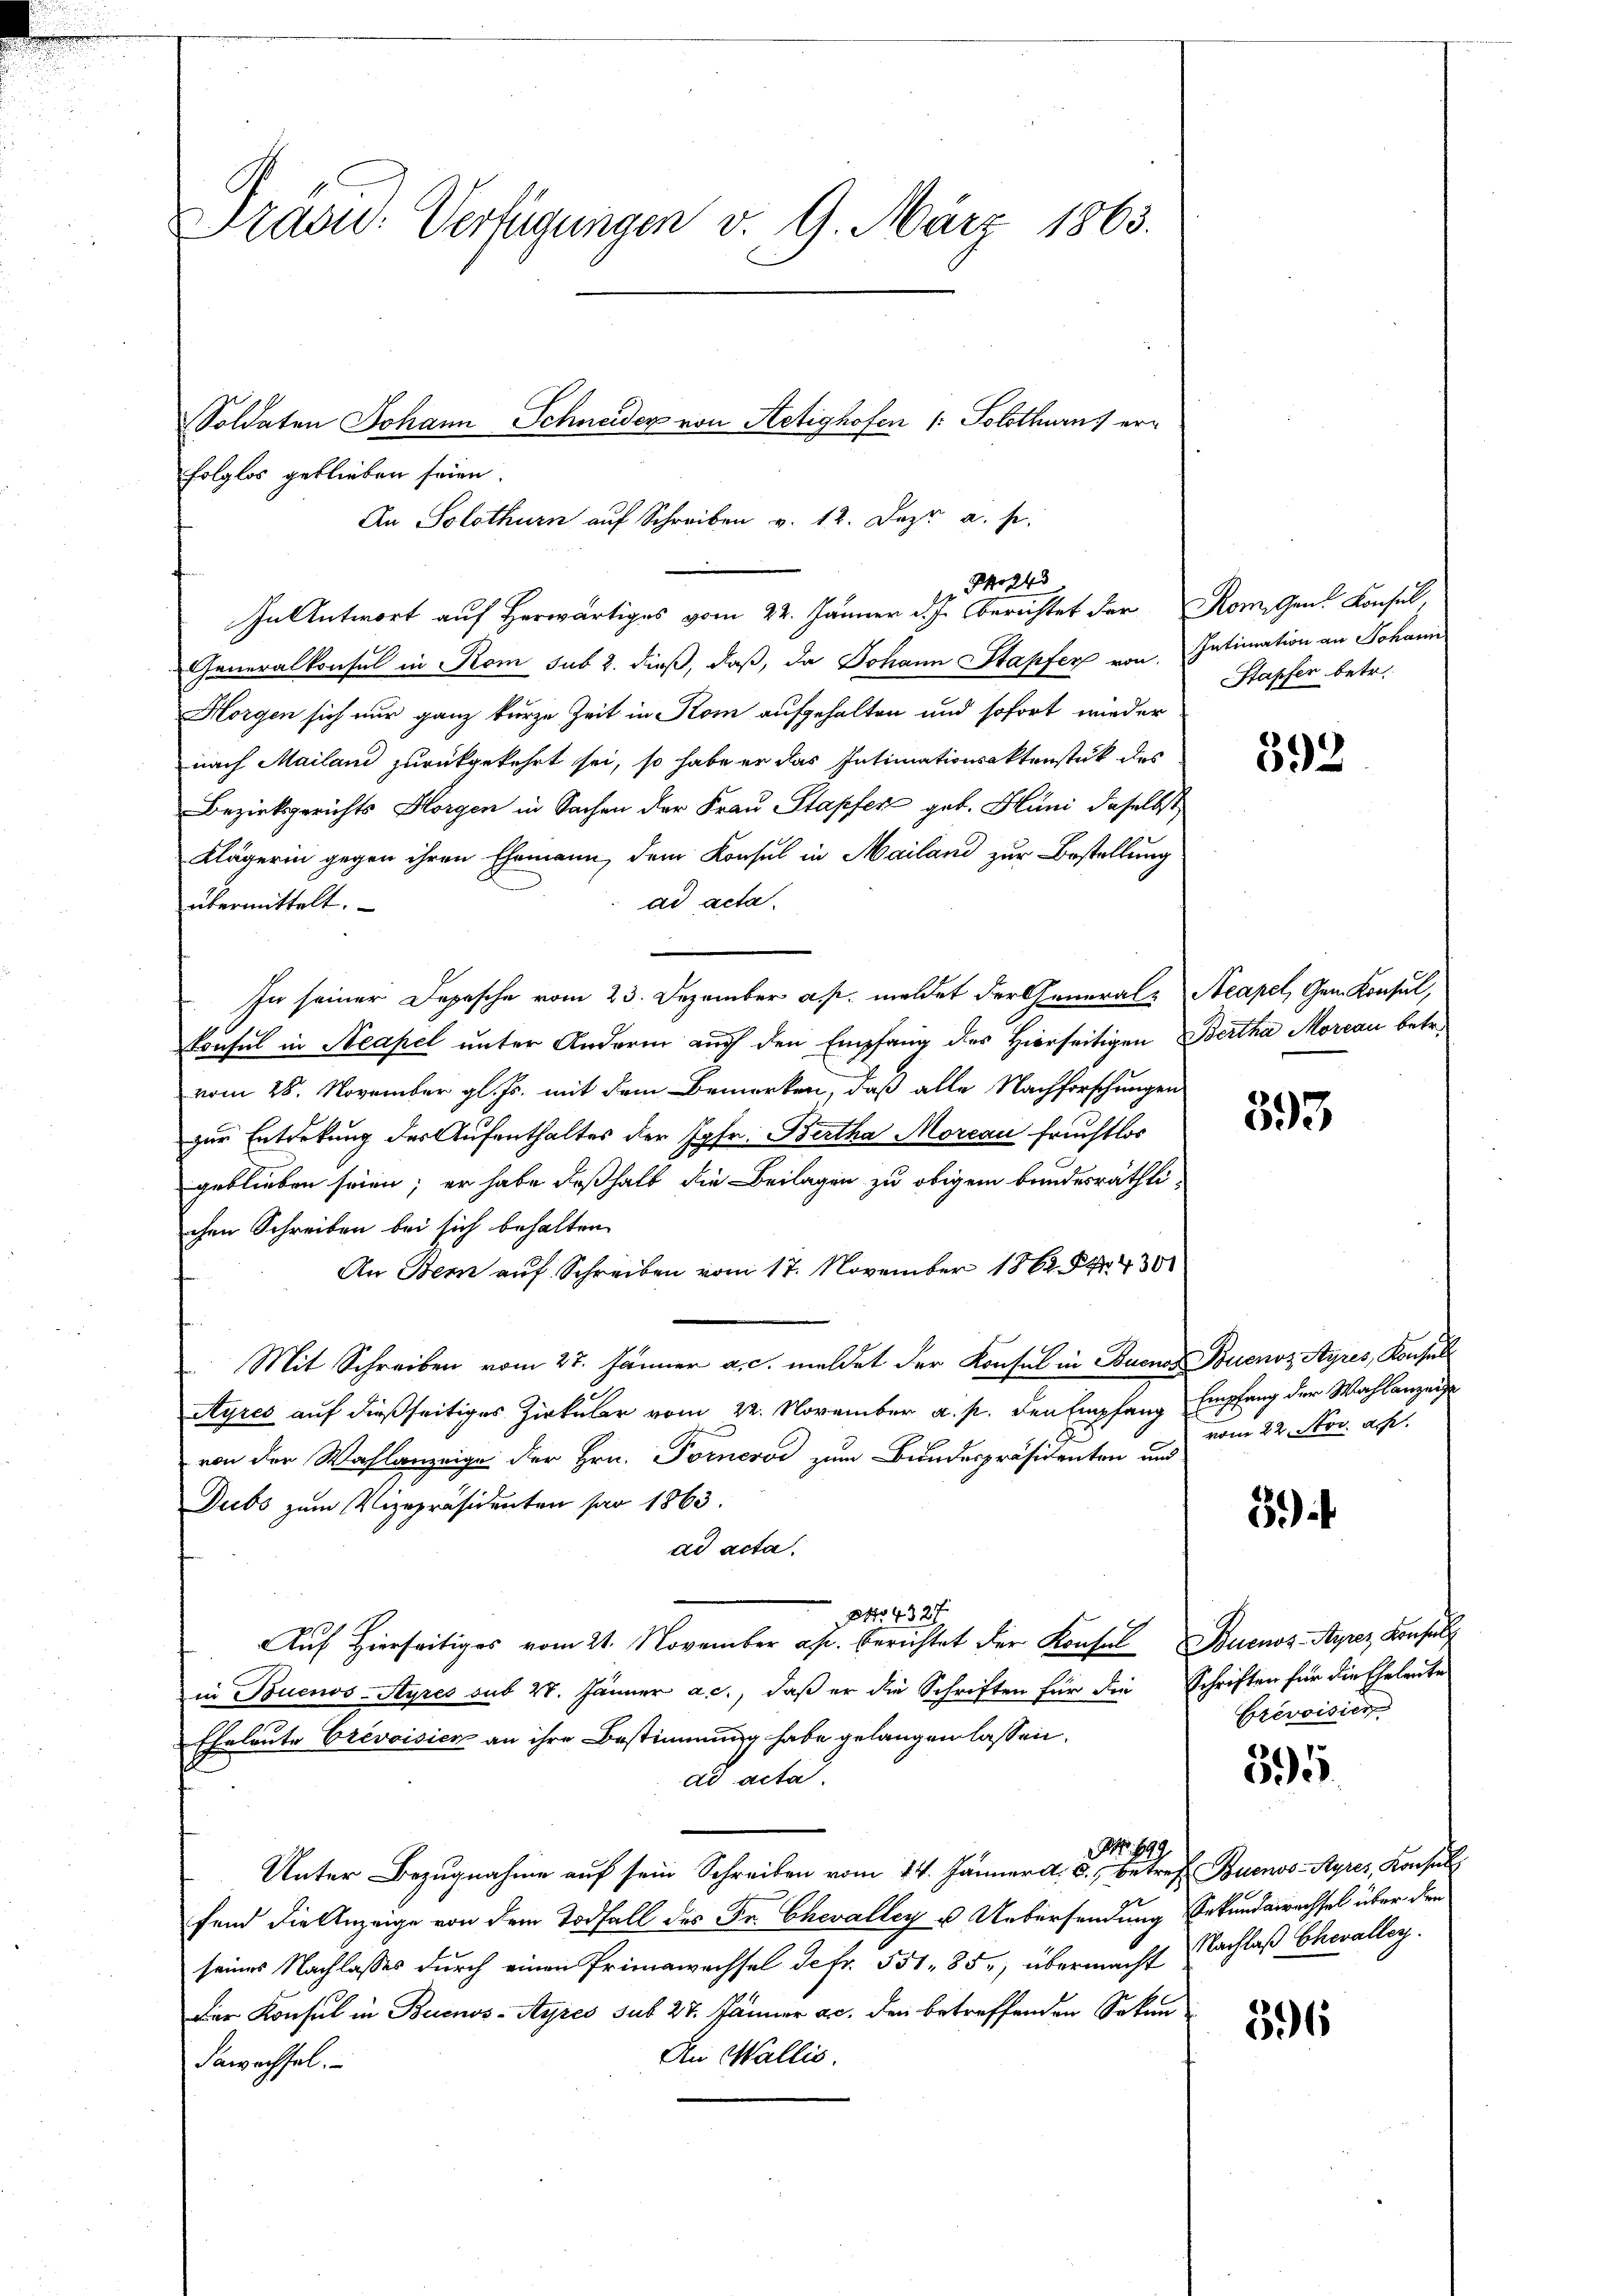
Traou: Verfügungen v. 9. März 1863.
Soldaten Johann Schneider von Aetighofen (: Solothurns er¬

folglos geblieben seien.
Generalkonsul in Rom sub 2. dieß, daß, da Johann Stapfer von Intimation an Johann
Horgen sich nur ganz kurze Zeit in Kom aufgehalten und sofort wieder
nach Mailand zurückgekehrt sei, so habe er das Intimationsaktenstück des
Bezirksgerichts Horgen in Sachen der Frau Stapfer geb. Hüni daselbst
Klägerin gegen ihren Ehemann, dem Konsul in Mailand zur Bestellung
ad acta.
übermittelt.
In seiner Depesche vom 23. Dezember a. p. meldet der General- Acapel, Gem. Konsul,
Consul in Neapel unter Anderm auch den Empfang des Hierseitigen Bertha Moreau betr.
vom 28. November gl. Js. mit dem Bemerken, daß alle Nachforschungen
zur Enterkung der Aufenthaltes der Jgfr. Bertha Morcau Fruchtlos
geblieben seien; er habe deßhalb die Beilagen zu obigem bundesräthlichen Schreiben bei sich behalten.
An Bern auf Schreiben vom 17. November 1862. 5kr. 430
Mit Schreiben vom 27. Jänner a. c. meldet der Konsul in Buona Buenos Ayres, Konsul
Ayres auf dießseitiges Zirkular vom 22. November a. p. den Empfang Empfang der Wahlanzeig
von der Wahlanzeige der Hrn. Forneros zum Bundespräsidenten und
Dubs zum Vizepräsidenten par 1863.
ad acta.
Po 4327
Auf Hierseitiges vom 21. November apr. berichtet der Konsul Buenos-Ayrer Konsul
in Buenos-Ayres sub 28. Jänner a. c., daß er die Schriften für die Schriften für die Eheleite
Eheleute Crevoisier an ihre Bestimmung habe gelangen lassen.
ad acta.
. 849
Unter Bezugnahme auf sein Schreiben vom 14. Jänner d. d. betref Buenos-Ayrer, Konsul
fend die Anzeige von dem Todfall des Fr. Chevalley u. Uebersendung Sekundesrechsel über den
seines Nachlasses durch einen Primawechsel de fr. 551. 85, übermacht Nachlaß Chevalley
Der Konsul in Buenos-Ayres sub 27. Jänner a.c. den betreffenden Sekun¬
An Wallis.
Bewachsel.

An Solothurn auf Schreiben v. 12. Dez. a. s.
24
In Antwort auf Herwärtiges vom 22. Jänner d. J. berichtet der Romigen Konsul,

Stapfer betr.

392

393

vom 22. Nov. a. p.

3)

Crevoisier

595

396